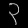
Digit: ၃